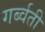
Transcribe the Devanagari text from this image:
गर्ब्वती